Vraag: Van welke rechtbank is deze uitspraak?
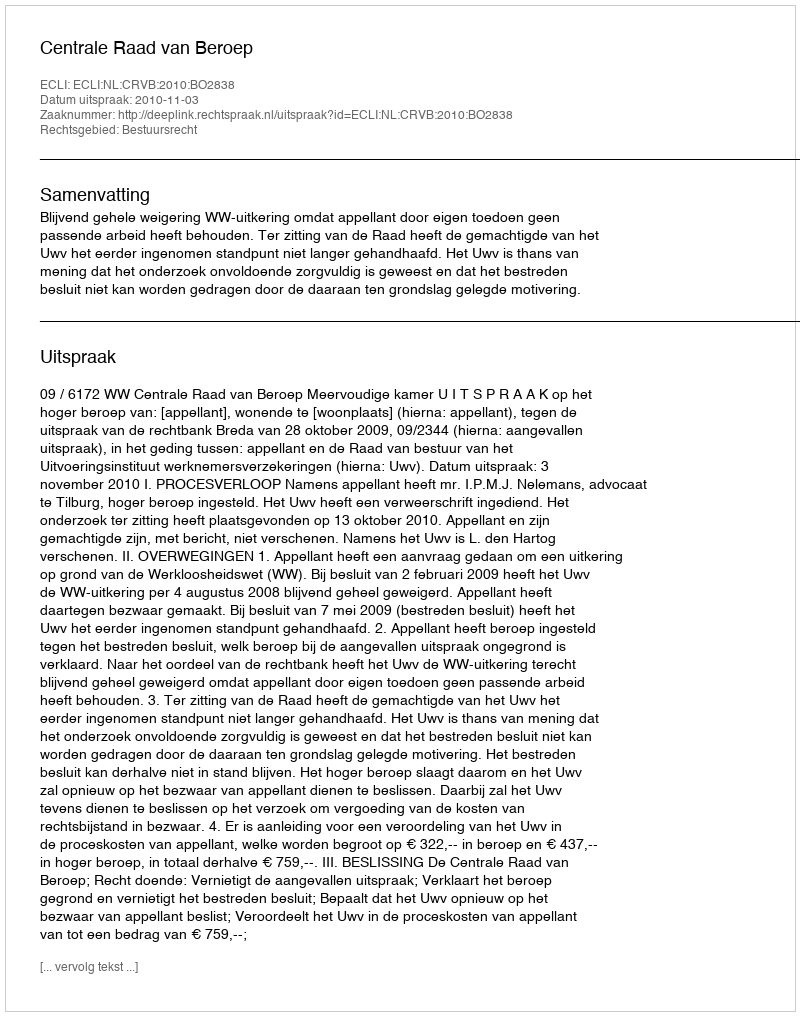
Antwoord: Centrale Raad van Beroep